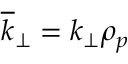
\overline { { k } } _ { \perp } = k _ { \perp } \rho _ { p }